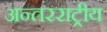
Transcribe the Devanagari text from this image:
अन्तरराट्रीय